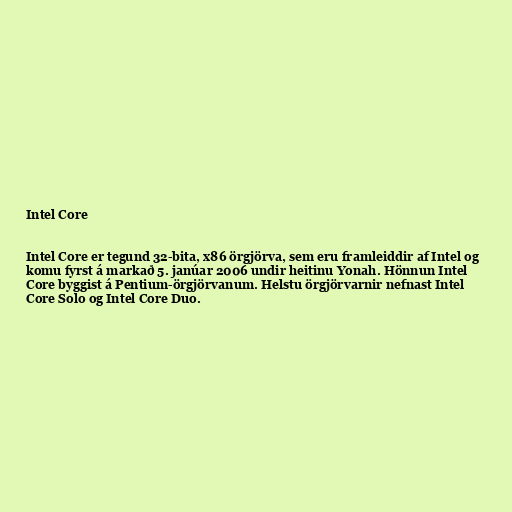
Intel Core

Intel Core er tegund 32-bita, x86 örgjörva, sem eru framleiddir af Intel og
komu fyrst á markað 5. janúar 2006 undir heitinu Yonah. Hönnun Intel
Core byggist á Pentium-örgjörvanum. Helstu örgjörvarnir nefnast Intel
Core Solo og Intel Core Duo.